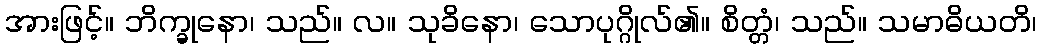
အားဖြင့်။ ဘိက္ခုနော၊ သည်။ လ။ သုခိနော၊ သောပုဂ္ဂိုလ်၏။ စိတ္တံ၊ သည်။ သမာဓိယတိ၊